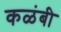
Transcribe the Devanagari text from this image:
कळंबी